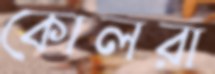
কোলরা